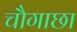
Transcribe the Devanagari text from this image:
चौगाछा